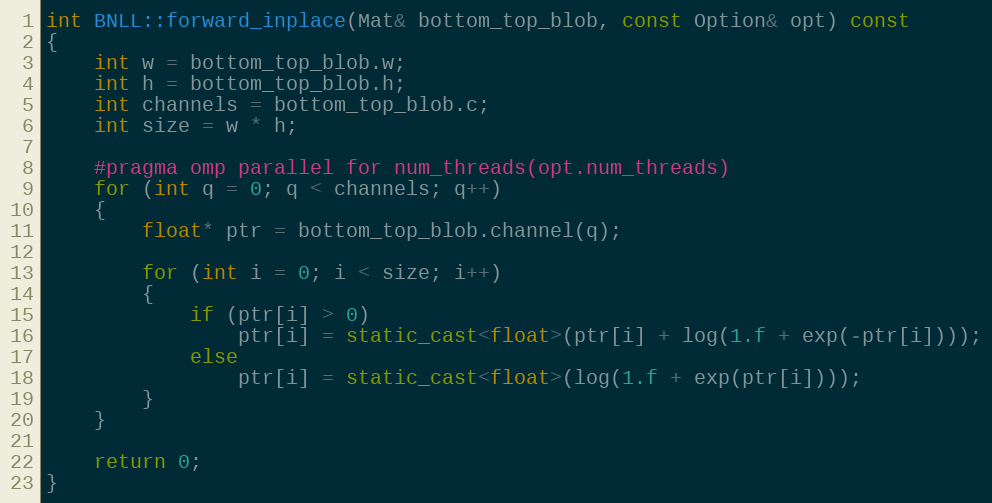
Language: C++
int BNLL::forward_inplace(Mat& bottom_top_blob, const Option& opt) const
{
    int w = bottom_top_blob.w;
    int h = bottom_top_blob.h;
    int channels = bottom_top_blob.c;
    int size = w * h;

    #pragma omp parallel for num_threads(opt.num_threads)
    for (int q = 0; q < channels; q++)
    {
        float* ptr = bottom_top_blob.channel(q);

        for (int i = 0; i < size; i++)
        {
            if (ptr[i] > 0)
                ptr[i] = static_cast<float>(ptr[i] + log(1.f + exp(-ptr[i])));
            else
                ptr[i] = static_cast<float>(log(1.f + exp(ptr[i])));
        }
    }

    return 0;
}